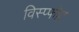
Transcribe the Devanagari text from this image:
विस्प्फोट